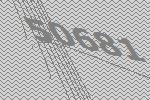
50681